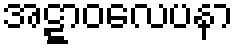
အဋ္ဋာဝလေပနာ